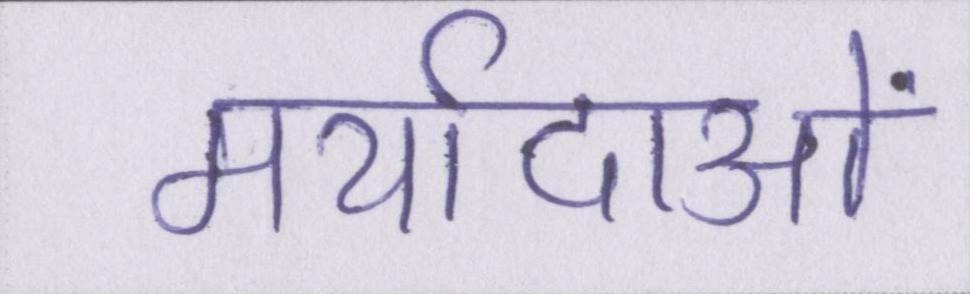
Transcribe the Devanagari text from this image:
मर्यादाओं